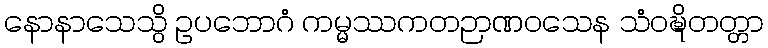
နောနာသေသွိ ဥပဘောဂံ ကမ္မဿကတဉာဏဝသေန သံဝဍ္ဎိတတ္တာ